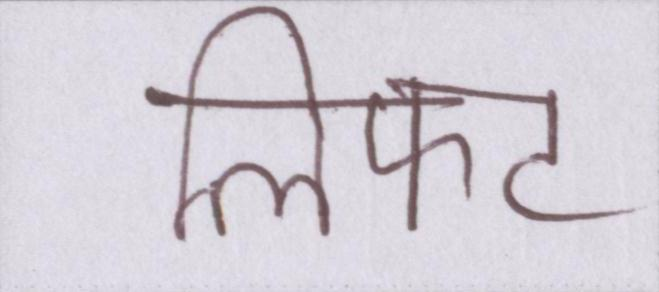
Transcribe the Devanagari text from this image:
लिफ्ट